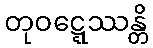
တုဝဋ္ဋေဿန္တိ